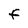
Character: F